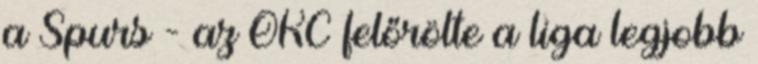
a Spurs - az OKC felőrölte a liga legjobb